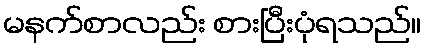
မနက်စာလည်း စားပြီးပုံရသည်။